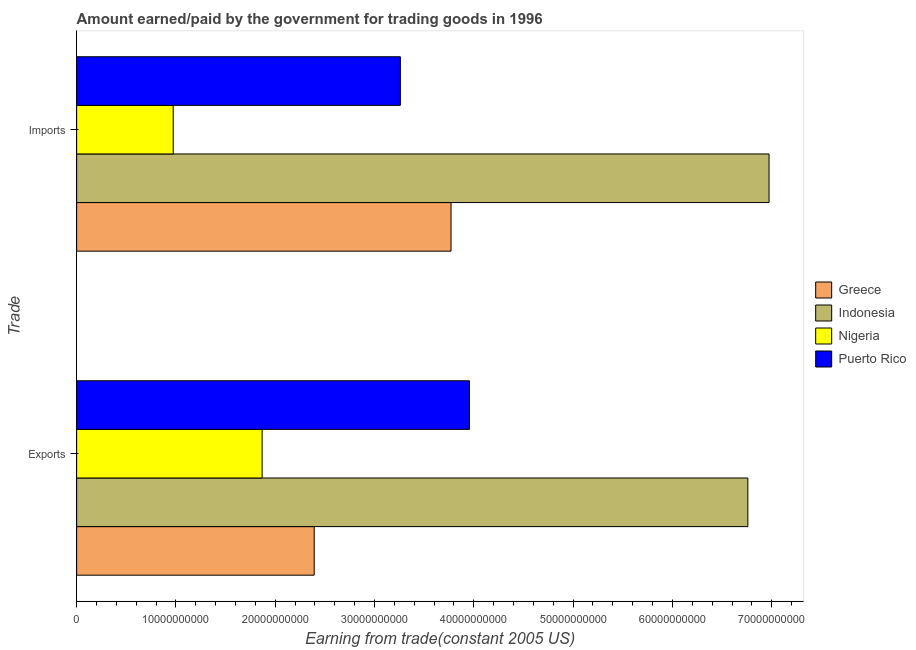
| Trade | Greece | Indonesia | Nigeria | Puerto Rico |
 | --- | --- | --- | --- | --- |
 | Exports | 2.39e+10 | 6.76e+10 | 1.87e+10 | 3.96e+10 |
 | Imports | 3.77e+10 | 6.97e+10 | 9.72e+09 | 3.26e+10 |